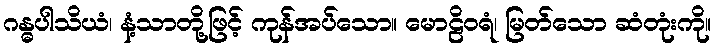
ဂန္ဓပါသိယံ၊ နံ့သာတို့ဖြင့် ကုန်အပ်သော။ မောဠိဝရံ၊ မြတ်သော ဆံတုံးကို။